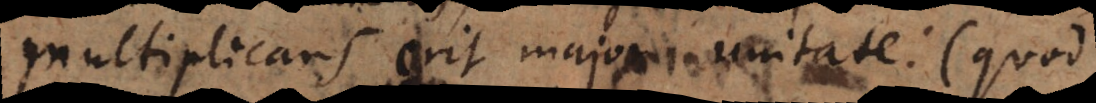
multiplicans erit major unitate (quod